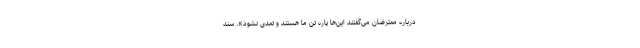
درباره معترضان می‌گفتند این‌ها پاره تن ما هستند و تعدی نشود». سند